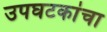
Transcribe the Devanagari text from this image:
उपघटकांचा